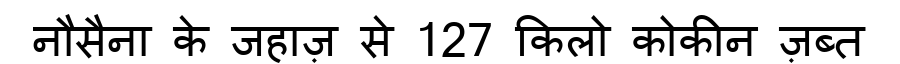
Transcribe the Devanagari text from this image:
नौसैना के जहाज़ से 127 किलो कोकीन ज़ब्त